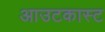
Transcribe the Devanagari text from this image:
आउटकास्ट